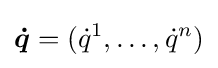
{\boldsymbol {\dot {q}}}=({\dot {q}}^{1},\ldots ,{\dot {q}}^{n})